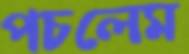
পচলেম